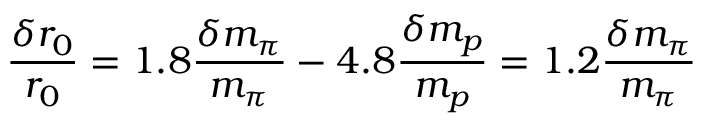
\frac { \delta r _ { 0 } } { r _ { 0 } } = 1 . 8 \frac { \delta m _ { \pi } } { m _ { \pi } } - 4 . 8 \frac { \delta m _ { p } } { m _ { p } } = 1 . 2 \frac { \delta m _ { \pi } } { m _ { \pi } }